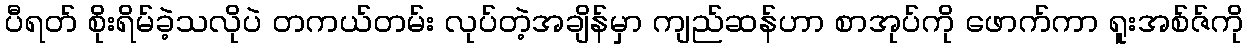
ပီရတ် စိုးရိမ်ခဲ့သလိုပဲ တကယ်တမ်း လုပ်တဲ့အချိန်မှာ ကျည်ဆန်ဟာ စာအုပ်ကို ဖောက်ကာ ရူးအစ်ဇ်ကို